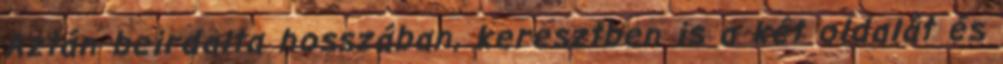
Aztán beirdalta hosszában, keresztben is a két oldalát és